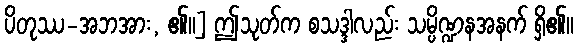
ပိတုဿ-အဘအား, ၏။] ဤသုတ်က စသဒ္ဒါလည်း သမ္ပိဏ္ဍနအနက် ရှိ၏။